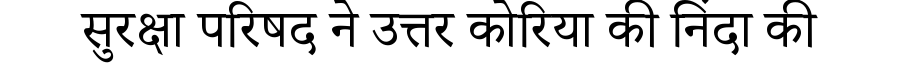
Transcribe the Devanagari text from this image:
सुरक्षा परिषद ने उत्तर कोरिया की निंदा की